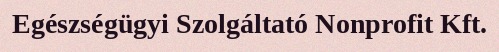
Egészségügyi Szolgáltató Nonprofit Kft.